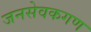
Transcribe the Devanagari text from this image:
जनसेवकगण